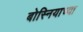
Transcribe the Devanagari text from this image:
बोस्नियाच्या